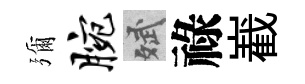
彌腕斌祿嶻